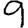
Digit: 9